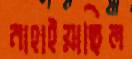
নাহাইয়াছিল